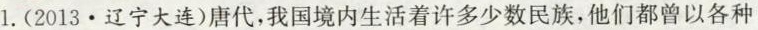
1.(2013.辽宁大连)唐代，我国境内生活着许多少数民族，他们都曾以各种